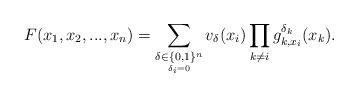
LaTeX: \begin{align*}F(x_{1},x_{2},...,x_{n})=\sum_{\underset{\delta_{i}=0}{\delta\in\{0,1\}^{n}}}v_{\delta}(x_{i})\prod_{k\neq i}g_{k,x_{i}}^{\delta_{k}}(x_{k}).\end{align*}